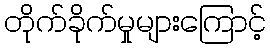
တိုက်ခိုက်မှုများကြောင့်